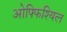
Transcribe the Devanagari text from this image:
ओफ्फिश्यिल